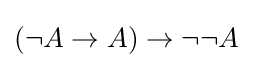
(\neg A\to A)\to \neg \neg A